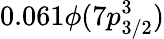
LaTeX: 0.061\phi(7p_{3/2}^{3})